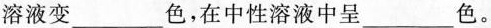
溶液变 ___ 色，在中性溶液中呈 ___ 色。